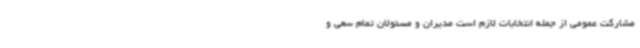
مشارکت عمومی از جمله انتخابات لازم است مدیران و مسئولان تمام سعی و